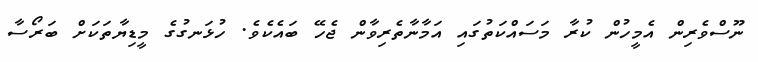
ނޫސްވެރިން އެމީހުން ކުރާ މަސައްކަތުގައި އަމާނާތެރިވާން ޖެހޭ ބައެކެވެ. ހުޅަނގުގެ މީޑިޔާތަކަށް ބަރޯސާ